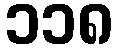
၁၁၈